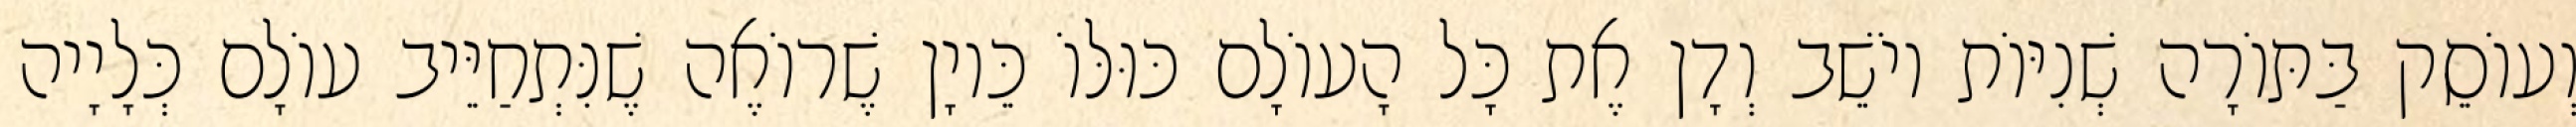
וְעוֹסֵק בַּתּוֹרָה שְׁנִיּוֹת יוֹשֵׁב וְדָן אֶת כָּל הָעוֹלָם כּוּלּוֹ כֵּיוָן שֶׁרוֹאֶה שֶׁנִּתְחַיֵּיב עוֹלָם כְּלָיָיה